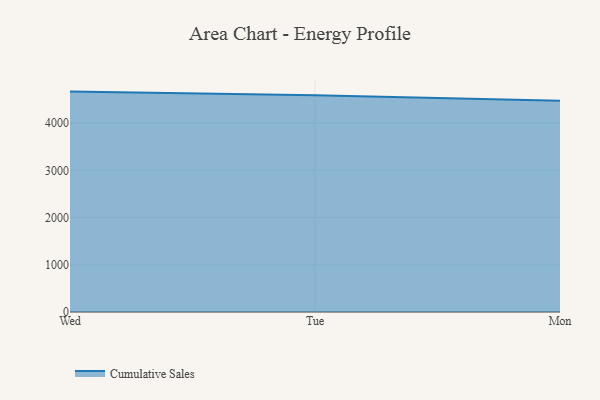
{"axis": {"x": "Day", "y": "Page Views"}, "legend": ["Cumulative Sales"], "data": [{"x": "Wed", "y": 4666.5, "type": "Cumulative Sales"}, {"x": "Tue", "y": 4587.7, "type": "Cumulative Sales"}, {"x": "Mon", "y": 4473.0, "type": "Cumulative Sales"}]}